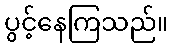
ပွင့်နေကြသည်။